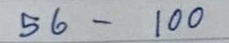
56 - 100